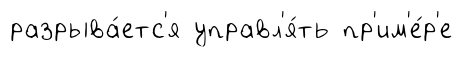
разрыва́етс'я управл'я́ть пр'им'е́р'е